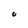
Character: 0